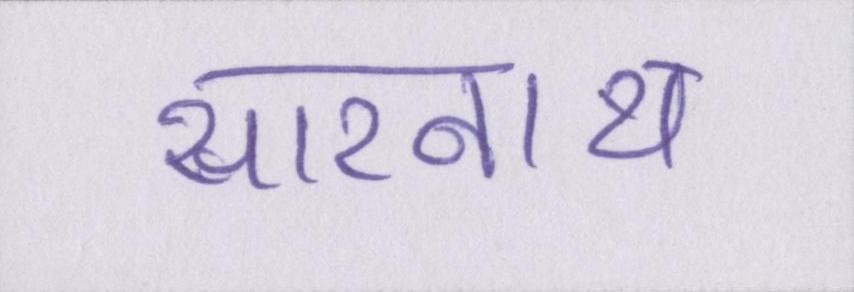
सारनाथ